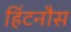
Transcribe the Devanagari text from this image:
हिंटनौस